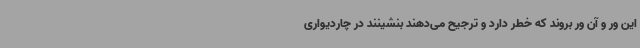
این ور و آن ور بروند که خطر دارد و ترجیح می‌دهند بنشینند در چاردیواری